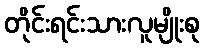
တိုင်းရင်းသားလူမျိုးစု